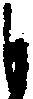
も